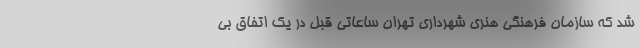
شد که سازمان فرهنگی هنری شهرداری تهران ساعاتی قبل در یک اتفاق بی